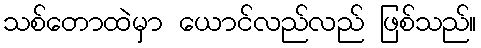
သစ်တောထဲမှာ ယောင်လည်လည် ဖြစ်သည်။